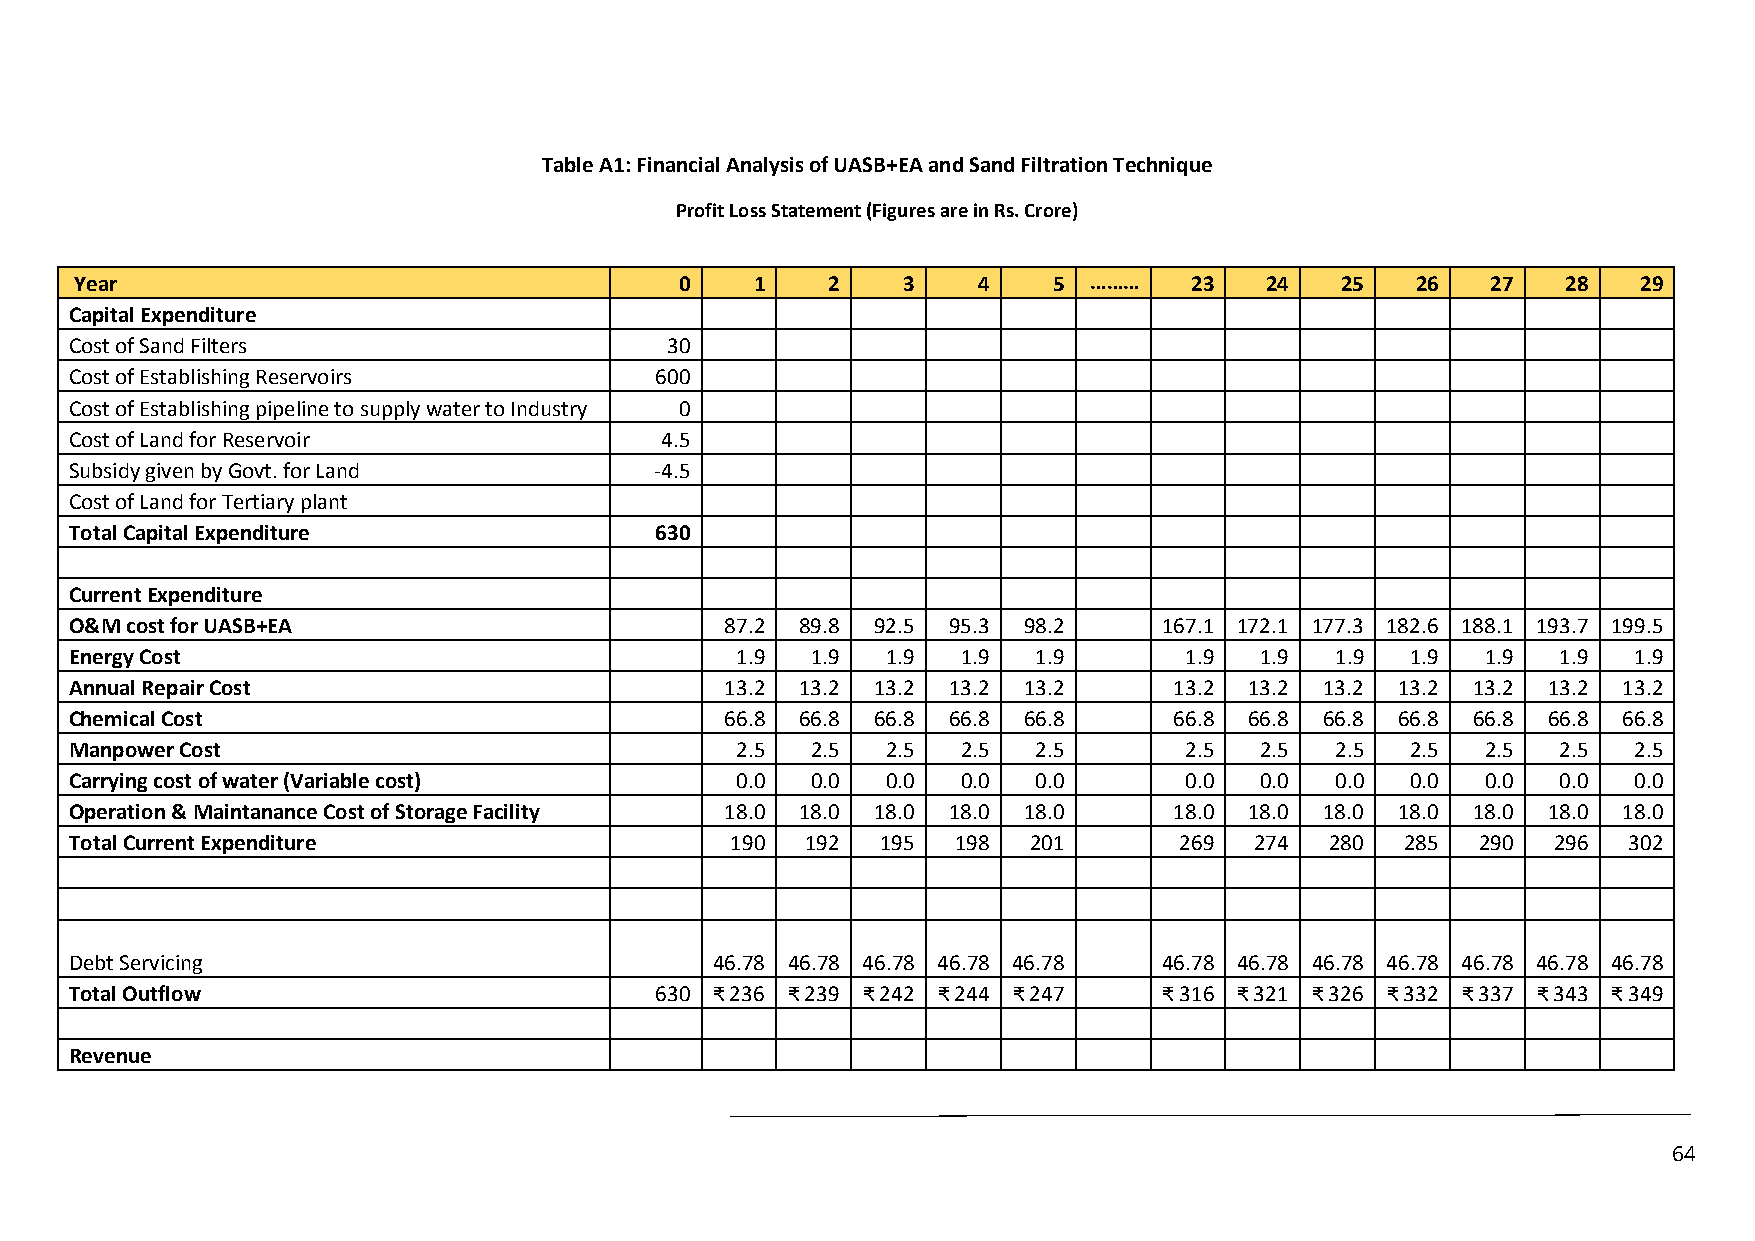
Table A1: Financial Analysis of UASB+EA and Sand Filtration Technique
 Profit Loss Statement (Figures are in Rs. Crore)
 Year                                    0    1    2    3    4    5 ………    23   24   25   26   27   28   29
 Capital Expenditure
 Cost of Sand Filters                   30
 Cost of Establishing Reservoirs       600
 Cost of Establishing pipeline to supply water to Industry 0
 Cost of Land for Reservoir             4.5
 Subsidy given by Govt. for Land       -4.5
 Cost of Land for Tertiary plant
 Total Capital Expenditure             630
 Current Expenditure
 O&M cost for UASB+EA                       87.2 89.8 92.5 95.3 98.2     167.1 172.1 177.3 182.6 188.1 193.7 199.5
 Energy Cost                                 1.9  1.9  1.9  1.9  1.9      1.9  1.9  1.9  1.9  1.9  1.9  1.9
 Annual Repair Cost                         13.2 13.2 13.2 13.2 13.2      13.2 13.2 13.2 13.2 13.2 13.2 13.2
 Chemical Cost                              66.8 66.8 66.8 66.8 66.8      66.8 66.8 66.8 66.8 66.8 66.8 66.8
 Manpower Cost                               2.5  2.5  2.5  2.5  2.5      2.5  2.5  2.5  2.5  2.5  2.5  2.5
 Carrying cost of water (Variable cost)      0.0  0.0  0.0  0.0  0.0      0.0  0.0  0.0  0.0  0.0  0.0  0.0
 Operation & Maintanance Cost of Storage Facility 18.0 18.0 18.0 18.0 18.0 18.0 18.0 18.0 18.0 18.0 18.0 18.0
 Total Current Expenditure                  190  192  195  198  201       269  274  280  285  290  296  302
 Debt Servicing                            46.78 46.78 46.78 46.78 46.78 46.78 46.78 46.78 46.78 46.78 46.78 46.78
 Total Outflow                         630 ₹ 236 ₹ 239 ₹ 242 ₹ 244 ₹ 247 ₹ 316 ₹ 321 ₹ 326 ₹ 332 ₹ 337 ₹ 343 ₹ 349
 Revenue
 64